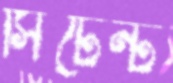
সিটেন্ট